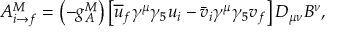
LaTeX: A _ { i \rightarrow f } ^ { M } = \left( - g _ { A } ^ { M } \right) \left[ \overline { { { u } } } _ { f } \gamma ^ { \mu } \gamma _ { 5 } u _ { i } - \bar { v } _ { i } \gamma ^ { \mu } \gamma _ { 5 } v _ { f } \right] D _ { \mu \nu } B ^ { \nu } ,